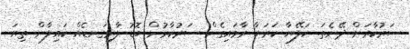
ސަރުކާރަށް ދޭނެތަ. ކަލޭޔާ ކަރަޔާ ރާވައިގެން ސަރުކާރުން ބޮޑު ލާރިގަނޑެއް ކައިލާން ތިޔަ